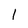
Character: 1